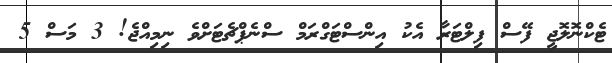
ޓެކްނޮލޮޖީ ފޭސް ފިލްޓަރާ އެކު އިންސްޓަގްރަމް ސްނެޕްޗެޓަށްވެ ނިމިއްޖެ! 3 މަސް 5